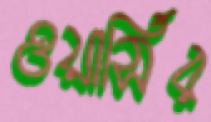
ওয়ার্সির